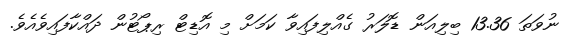
ނުވަތަ 13.36 ބިލިއަން ޑޮލަރު ގެއްލިފައިވާ ކަމަށް މި އޮޑިޓް ރިޕޯޓުން ދައްކާފައިވެއެވެ.